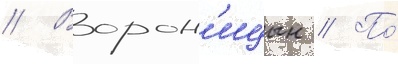
// Ворон'ицын // По́